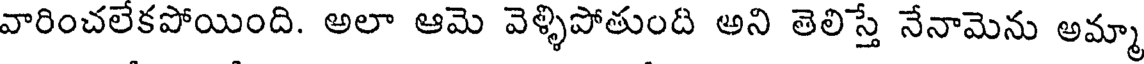
వారించలేకపోయింది. అలా ఆమె వెళ్ళిపోతుంది అని తెలిస్తే నేనామెను అమ్మా